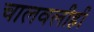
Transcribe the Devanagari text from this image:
चालवलीही